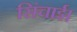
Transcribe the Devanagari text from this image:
सिंचाई।